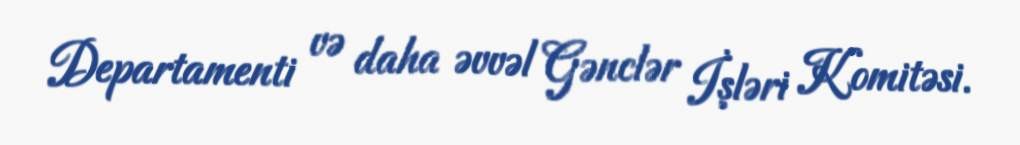
Departamenti və daha əvvəl Gənclər İşləri Komitəsi.